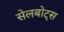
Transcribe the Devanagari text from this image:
सेलबोट्स